Government Evacuation Scheme: Educational provision, 1939
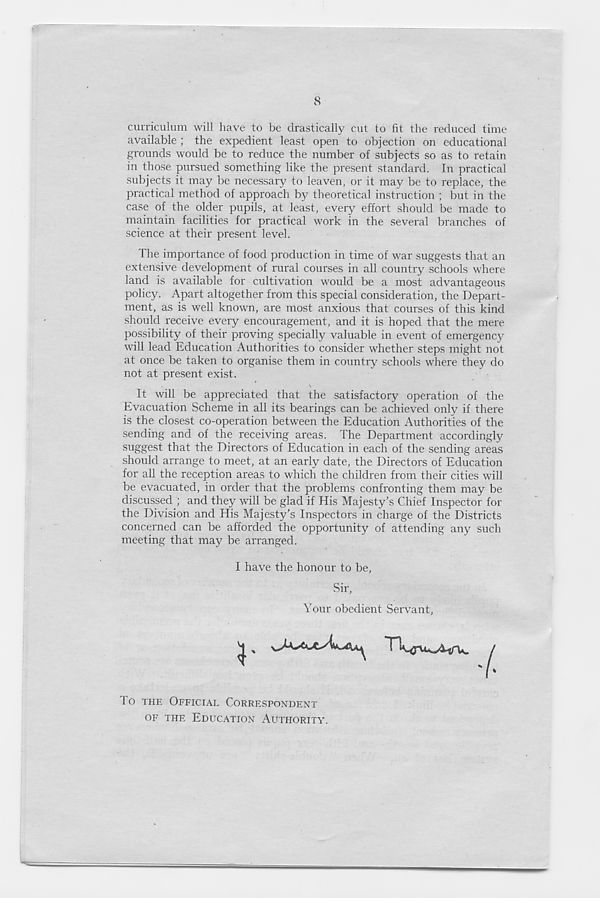
8
curriculum will have to be drastically cut to fit the reduced time
available ; the expedient least open to objection on educational
grounds would be to reduce the number of subjects so as to retain
in those pursued something like the present standard. In practical
subjects it may be necessary to leaven, or it may be to replace, the
practical method of approach by theoretical instruction ; but in the
case of the older pupils, at least, every effort should be made to
maintain facilities for practical work in the several branches of
science at their present level.
1 he importance of food production in time of war suggests that an
extensive development of rural courses in all country schools where
land is available for cultivation would be a most advantageous
policy. Apart altogether from this special consideration, the Depart-
ment, as is well known, are most anxious that courses of this kind
should receive every encouragement, and it is hoped that the mere
possibility of their proving specially valuable in event of emergency
will lead Education Authorities to consider whether steps might not
at once be taken to organise them in country schools where they do
not at present exist.
It will be appreciated that the satisfactory operation of the
Evacuation Scheme in all its bearings can be achieved only if there
is the closest co-operation between the Education Authorities of the
sending and of the receiving areas. The Department accordingly
suggest that the Directors of Education in each of the sending areas
should arrange to meet, at an early date, the Directors of Education
for all the reception areas to which the children from their cities will
be evacuated, in order that the problems confronting them may be
discussed ; and they will be glad if His Majesty’s Chief Inspector for
the Division and His Majesty’s Inspectors in charge of the Districts
concerned can be afforded the opportunity of attending any such
meeting that may be arranged.
I have the honour to be,
Sir,
Your obedient Servant
To THE OFFICIAL CORRESPONDENT
OF THE EDUCATION AUTHORITY.